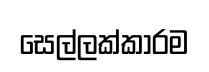
සෙල්ලක්කාරම